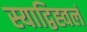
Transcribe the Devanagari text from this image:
स्याद्विह्वलं